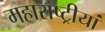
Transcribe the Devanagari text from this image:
महाराष्ट्रीयां